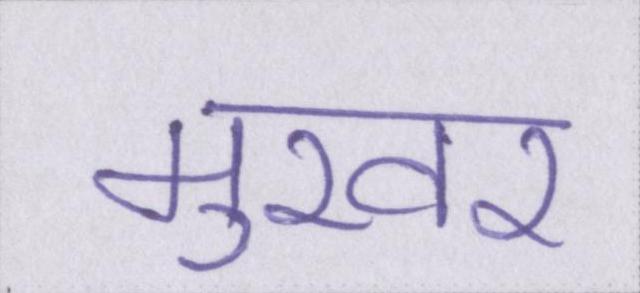
मुखर